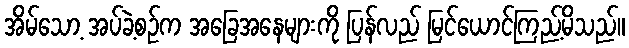
အိမ်သော့ အပ်ခဲ့စဉ်က အခြေအနေများကို ပြန်လည် မြင်ယောင်ကြည့်မိသည်။